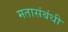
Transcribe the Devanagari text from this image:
मतासंबंधी